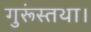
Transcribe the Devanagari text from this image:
गुरूंस्तथा।